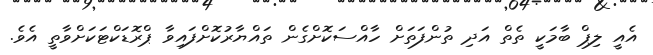
އެއީ ލިޕް ބާމަކީ ތެތް އަދި ތުންފަތަށް ހާއްސަކޮށްގެން ތައްޔާރުކޮށްފައިވާ ޕްރޮޑަކްޓަކަށްވާތީ އެވެ.